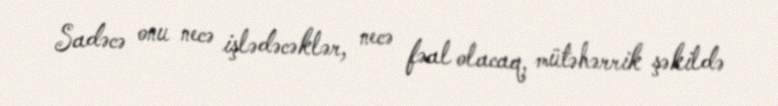
Sadəcə onu necə işlədəcəklər, necə fəal olacaq, mütəhərrik şəkildə